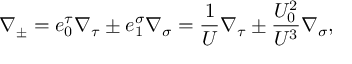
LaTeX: \nabla _ { \pm } = e _ { 0 } ^ { \tau } \nabla _ { \tau } \pm e _ { 1 } ^ { \sigma } \nabla _ { \sigma } = \frac { 1 } { U } \nabla _ { \tau } \pm \frac { U _ { 0 } ^ { 2 } } { U ^ { 3 } } \nabla _ { \sigma } ,